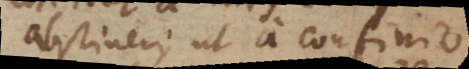
abstineri, ut a confinio